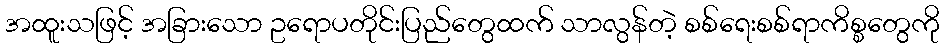
အထူးသဖြင့် အခြားသော ဥရောပတိုင်းပြည်တွေထက် သာလွန်တဲ့ စစ်ရေးစစ်ရာကိစ္စတွေကို